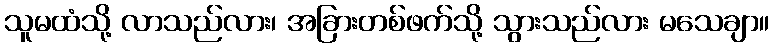
သူမထံသို့ လာသည်လား၊ အခြားတစ်ဖက်သို့ သွားသည်လား မသေချာ။